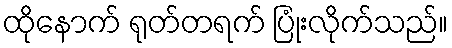
ထိုနောက် ရုတ်တရက် ပြုံးလိုက်သည်။